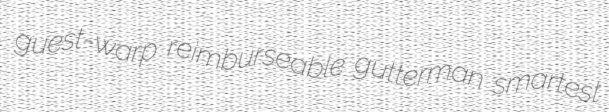
guest-warp reimburseable gutterman smartest